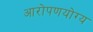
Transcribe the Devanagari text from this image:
आरोपणयोग्य